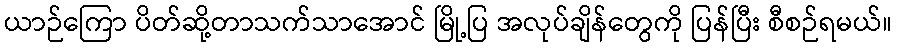
ယာဉ်ကြော ပိတ်ဆို့တာသက်သာအောင် မြို့ပြ အလုပ်ချိန်တွေကို ပြန်ပြီး စီစဉ်ရမယ်။